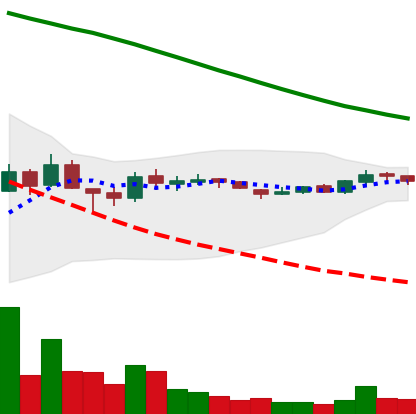
Ticker: ADA-USD
Chart end date: 2018-10-10
Forward return: -11.679%
Label: down_7plus